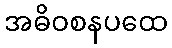
အဓိဝစနပထေ